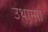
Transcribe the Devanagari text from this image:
उथाम्मा